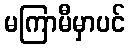
မကြာမီမှာပင်